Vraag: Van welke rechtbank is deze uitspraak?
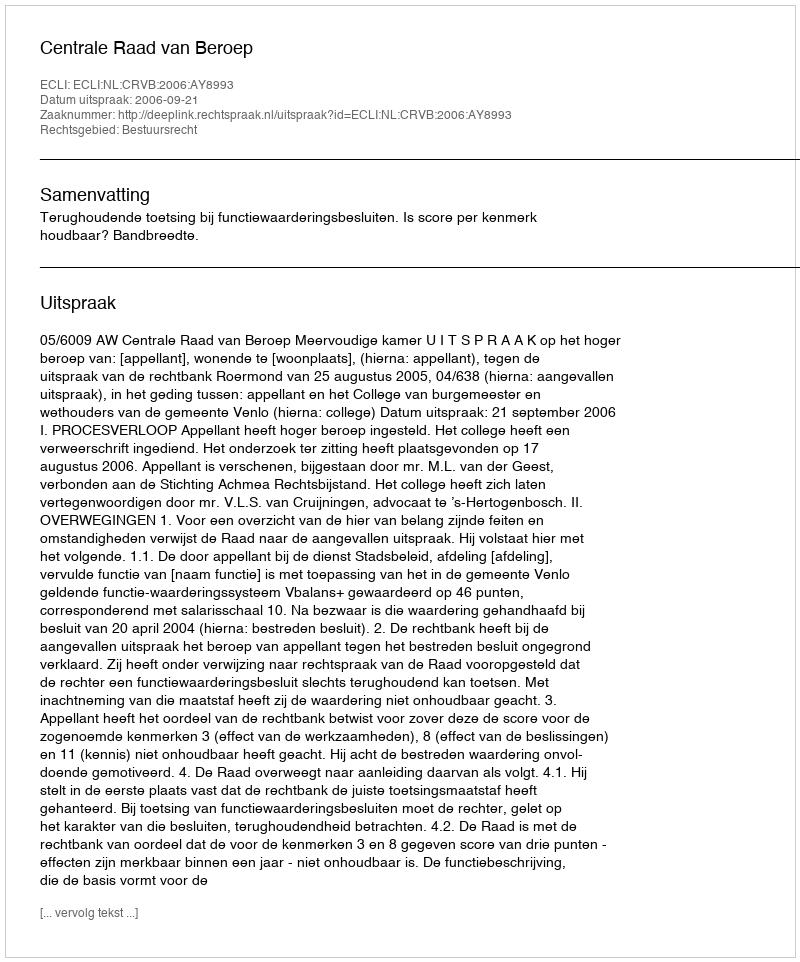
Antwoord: Centrale Raad van Beroep